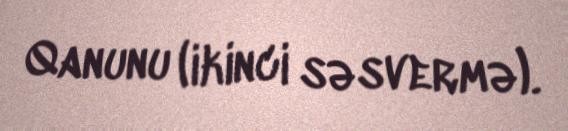
Qanunu (ikinci səsvermə).